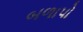
બળાપો